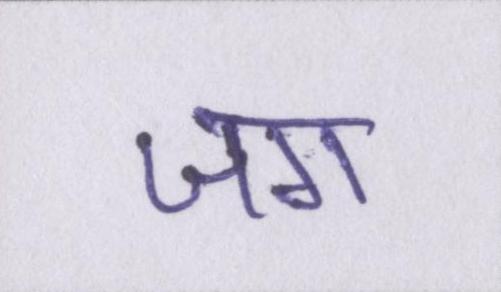
जग